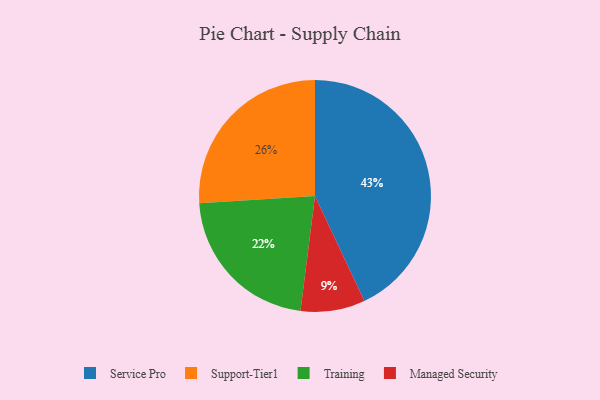
{"axis": {"x": "Category", "y": "Percentage"}, "legend": ["Managed Security", "Service Pro", "Support-Tier1", "Training"], "data": [{"x": "Service Pro", "y": 43, "type": "Service Pro"}, {"x": "Training", "y": 22, "type": "Training"}, {"x": "Support-Tier1", "y": 26, "type": "Support-Tier1"}, {"x": "Managed Security", "y": 9, "type": "Managed Security"}]}